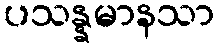
ပသန္နမာနသာ